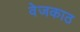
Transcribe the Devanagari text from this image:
वेजकाठ